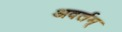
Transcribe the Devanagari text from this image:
अवर्तम्